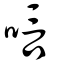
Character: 唁